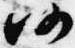
仍